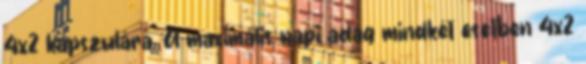
4x2 kapszulára. A maximális napi adag mindkét esetben 4x2